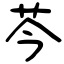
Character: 芩